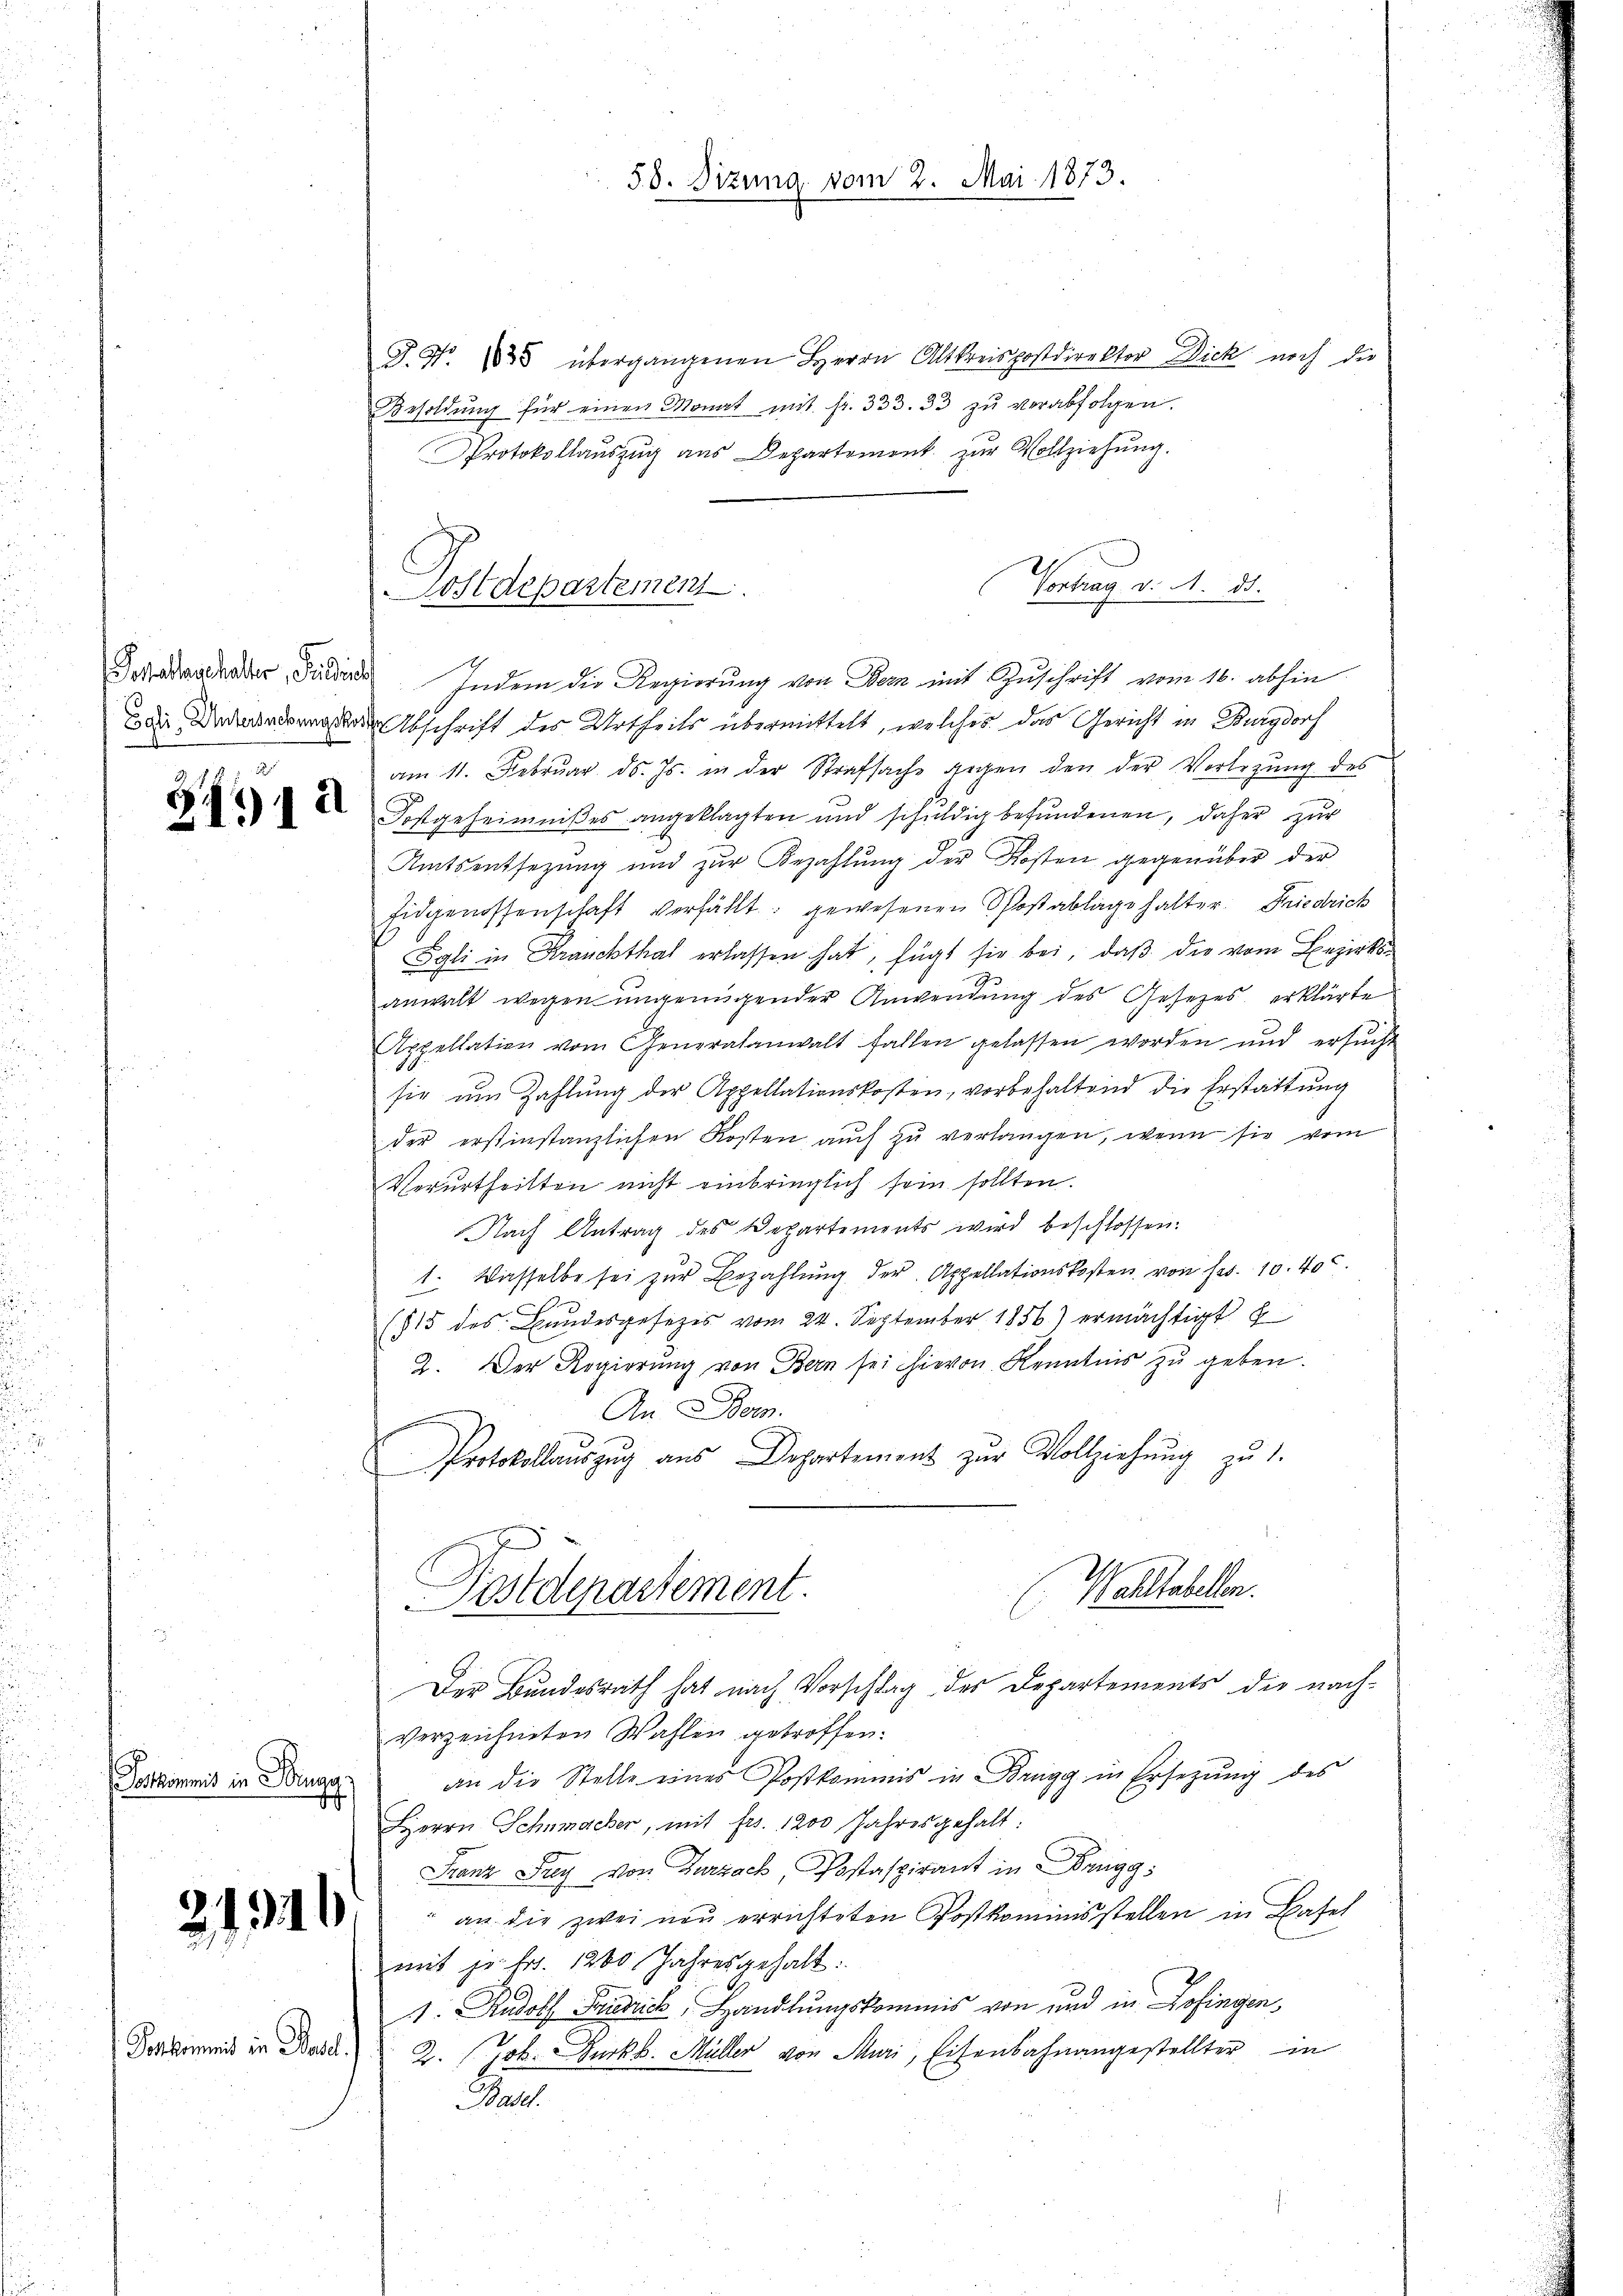
Sostathaushalter, Predich
F

34912

Postkommis in Sorge

21319

J. No. 1838 übergangenen Herrn Altkreispostdirektor Dick noch die
Besoldŭng für einen Monat mit fr. 333. 33 zŭ verabfolgen.
Protokollauszug aus Departement zur Vollziehung.
Vortrag v. M. D.
Indem die Regierung von Bern mit Zuschrift vom 16. abhin
abschrift des Urtheils übermittelt, welches das Gericht in Burgdorf
am 11. Febrŭar d. Js. in der Strafsache gegen den der Vorlegŭng des
Fostgeheimnißes angeklagten und schuldig befundenen, daher zur
Amtsentsezung und zŭr Bezahlŭng der Kosten gegenüber der
Eidgenossenschaft verfällt: gewesenen Schoßablage halter. Friedrich
Egli in Kranckthal erlassen hat, fügt sie bei, daß die vom Bezirksanwalt wegen ungenügender Anwendung des Gesetzes, erklärte
Appellation vom Generalanwalt fallen gelassen worden und ersŭcht
sie um Zahlŭng der Appellationskosten, vorbehaltend die Erstattung
der erstinstanzlichen Kosten auch zu verlangen, wenn sie vom
Verurtheilten nicht einbringlich sein sollten.
Nach Antrag des Departements wird beschlossen:
1. Wasselbe sei zur Bezahlung der Appellationskosten von Jes. 10. 400.
(815 des Bundesgesezes vom 24. September 1856.) ermächtigt
2. Der Regierŭng von Bern sei hievon Kenntnis zŭ geben.
An Born.
Protokollauszug aus Departement zur Vollziehung zu 1.
Wohltabellen.
Postdepartement.
Der Bundesrath hat nach Vorschlag des Departements die nach-
verzeichneten Wahlen getroffen.
an die Stelle eines Postkommis in Brugg in Ersetzung des
I
Herrn Schnmacher, mit frs. 1200 Jahresgehalt:
Franz Frey von Zurzach, Postaspirant in Brugg
an die zwei neu errichteten Postkommnisstellen in Basel
mit je fr. 1200. Jahresgehalt:
1. Rudolf Friedrick, Handlungskommis von und in Zofingen,
Fortseit in Bad §. 2. Job. Burkb. Müller von Sturi, Eisenbahnangestellter in
Basel.

Postdepartement

58. Dizung vom 2. Mai 1873.